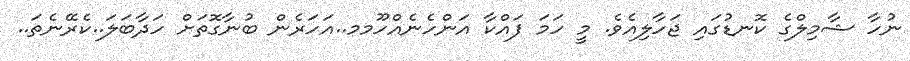
ނުހާ ޝާމިލްގެ ކޮނޑުގައި ޖަހާލިއެވެ. މީ ހަމަ ފައްކާ އަންހެނެއްހޫމމ..އަހަރެން ބުނާގޮތަށް ހަދާބަލަ..ކެރޭނެތަ..